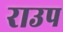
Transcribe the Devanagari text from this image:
राउप